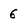
Character: 6